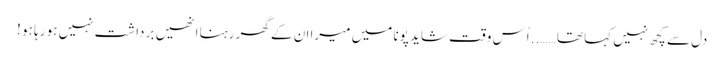
دل سے کچھ نہیں کہا تھا …….. اُس وقت شاید پونا میں میرا ان کے گھر رہنا انھیں برداشت نہیں ہو رہا ہو !